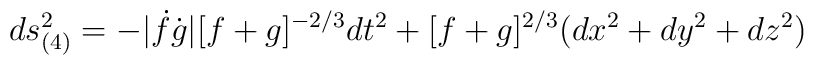
ds^2_{(4)}=-|\dot{f}\dot{g}|[f+g]^{-2/3}dt^2+[f+g]^{2/3}(dx^2+dy^2+dz^2)